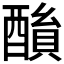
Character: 𨢖